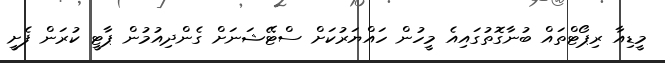
މީޑިއާ ރިޕޯޓްތައް ބުނާގޮތުގައިއެ މީހުން ހައްޔަރުކަށް ސްޓޭޝަނަށް ގެންދިއުމުން ޕާޓީ ކުރަން ފެށީ